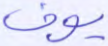
يوف